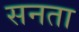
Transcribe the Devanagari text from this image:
सनता